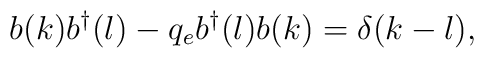
b(k) b^{\dagger}(l)- q_{e}b^{\dagger}(l) b(k)=\delta(k-l),